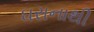
ઘરાનાથી